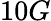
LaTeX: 10G